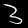
Digit: 3